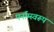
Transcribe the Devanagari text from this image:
पर्नाम्स्वरूप